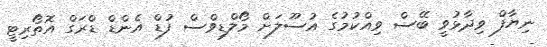
ނިޔާފް ވިދާޅުވީ ބޭސް ވިއްކުމުގެ އުސޫލަށް މޯލްޑިވްސް ފުޑް އެންޑް ޑްރަގް އޮތޯރިޓީ